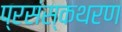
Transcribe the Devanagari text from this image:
प्रसंस्कथरण